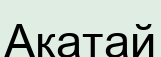
Ақатай